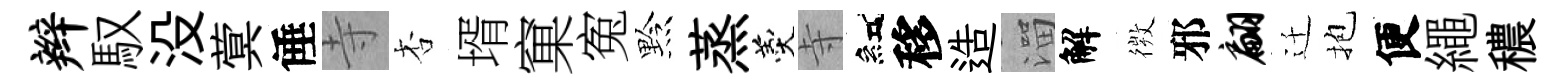
辫馭没蓂倕寺杏壻窠寃黔蒸羹寺紅移造溜解𢕄邪翩迁抱便繩穠